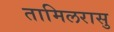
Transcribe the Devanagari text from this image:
तामिलरासु